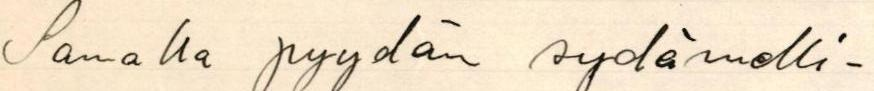
Samalla pyydän sydämelli-